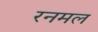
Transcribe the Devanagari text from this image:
रनमल